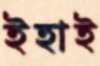
ইহাই